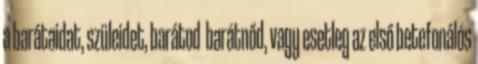
a barátaidat, szüleidet, barátod barátnőd, vagy esetleg az első betefonálós